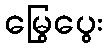
မြွေပွေး